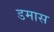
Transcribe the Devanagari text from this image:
डमास